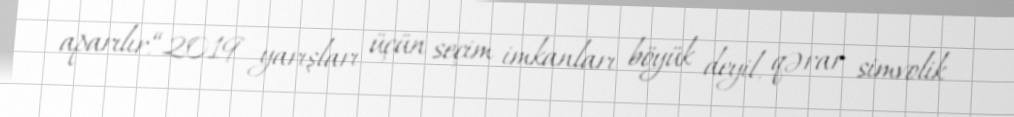
aparılır.“2019 yarışları üçün seçim imkanları böyük deyil, qərar simvolik